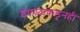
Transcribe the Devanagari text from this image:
इंफाळकडूनही